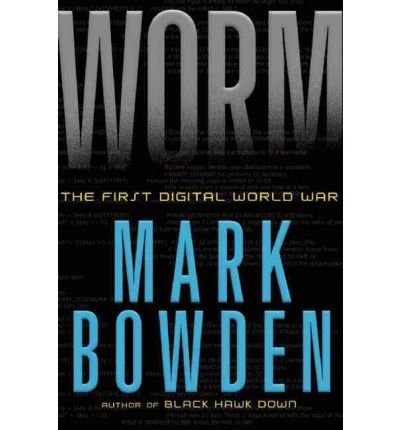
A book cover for By Mark Bowden Worm: The First Digital World War (First Edition); Computers & Technology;